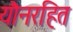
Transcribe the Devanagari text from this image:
यौनरहित